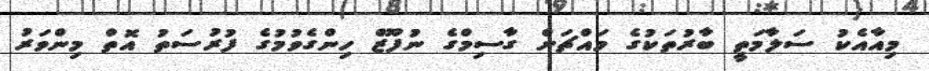
މިއާއެކު ސަލާމަތީ ބާރުތަކުގެ މައްޗަށް ގާސިމްގެ ނުފޫޒް ހިންގެވުމުގެ ފުރުސަތު އޮތް މިންވަރު